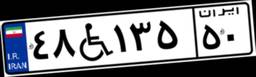
۴۸W۱۳۵۵۰